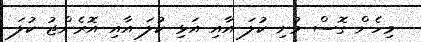
މިހެން ގޮސް މުށި ކުލަ އާއި އަޅި ކުލަ އާއި އޮރެންޖު ކުލަ